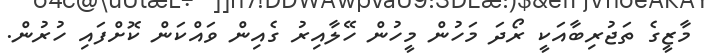
މާޒީގެ ތަޖުރިބާއަކީ ރޯދަ މަހުން މީހުން ހޭލާއިރު ގެއިން ވައްކަން ކޮށްފައި ހުރުން.